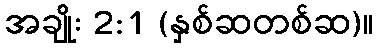
အချိုး 2:1 (နှစ်ဆတစ်ဆ)။